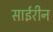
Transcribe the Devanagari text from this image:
साईरीन